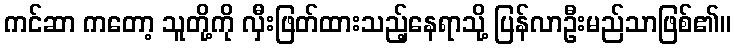
ကင်ဆာ ကတော့ သူတို့ကို လှီးဖြတ်ထားသည့်နေရာသို့ ပြန်လာဦးမည်သာဖြစ်၏။